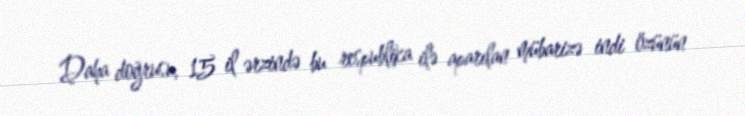
Daha doğrusu, 15 il ərzində bu respublika ilə aparılan mübarizə indi özünün